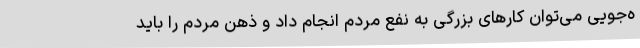
ه‌جویی می‌توان کارهای بزرگی به نفع مردم انجام داد و ذهن مردم را باید